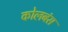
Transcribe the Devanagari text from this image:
कोलबंस